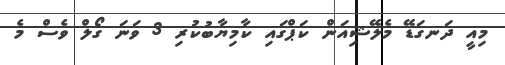
މިއީ ދަނގަޑޭ މެލޭޝިއަން ކަޕްގައި ކާމިޔާބުކުރި 3 ވަނަ ގޯލް ވެސް މެ